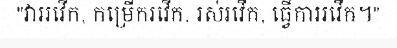
"វាររវើក, កម្រើករវើក, រស់រវើក, ធ្វើការរវើក។"